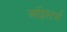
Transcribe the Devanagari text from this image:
ऑइस्टर्स